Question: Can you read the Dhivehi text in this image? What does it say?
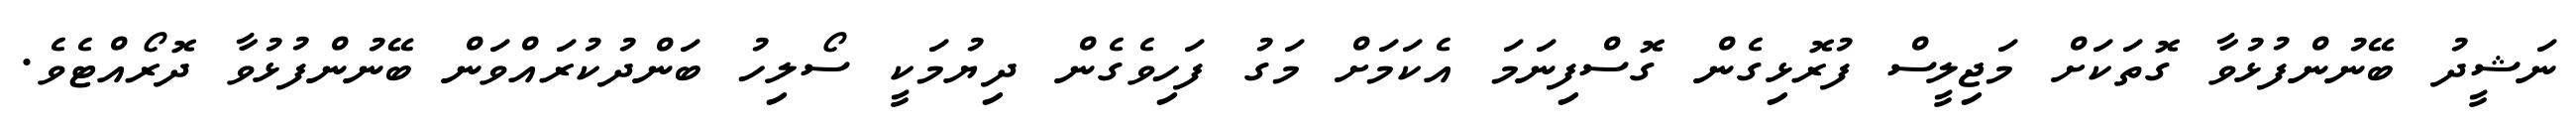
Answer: ނަޝީދު ބޭނުންފުޅުވާ ގޮތަކަށް މަޖިލީސް ފުރޮޅިގެން ގޮސްފިނަމަ އެކަމަށް މަގު ފަހިވެގެން ދިޔުމަކީ ސޯލިހު ބަންދުކުރައްވަން ބޭނުންފުޅުވާ ދޮރޯއްޓެވެ.